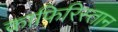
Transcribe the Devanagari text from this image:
काफिरिस्तान